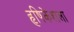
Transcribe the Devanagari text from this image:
हृषिकेशला